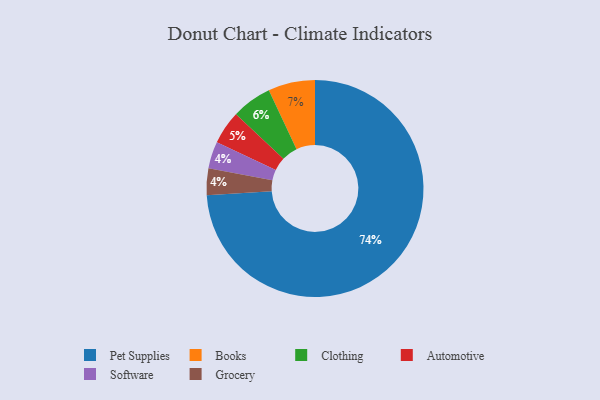
{"axis": {"x": "Category", "y": "Percentage"}, "legend": ["Automotive", "Books", "Clothing", "Grocery", "Pet Supplies", "Software"], "data": [{"x": "Pet Supplies", "y": 74, "type": "Pet Supplies"}, {"x": "Automotive", "y": 5, "type": "Automotive"}, {"x": "Books", "y": 7, "type": "Books"}, {"x": "Software", "y": 4, "type": "Software"}, {"x": "Grocery", "y": 4, "type": "Grocery"}, {"x": "Clothing", "y": 6, "type": "Clothing"}]}